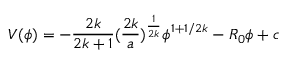
V ( \phi ) = - { \frac { 2 k } { 2 k + 1 } } ( { \frac { 2 k } { a } } ) ^ { \frac { 1 } { 2 k } } \phi ^ { 1 + 1 / 2 k } - R _ { 0 } \phi + c